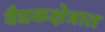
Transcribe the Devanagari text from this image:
वैद्यकक्षेत्रात